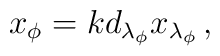
x_{\phi }=kd_{\lambda _{\phi }}x_{\lambda _{\phi }}\, ,